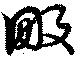
畋